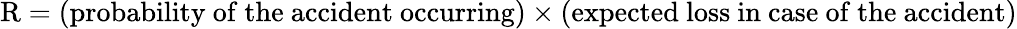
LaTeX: {\mathrm{R}}=({\mathrm{probability~of~the~accident~occurring}})\times({\mathrm{expected~loss~in~case~of~the~accident}})